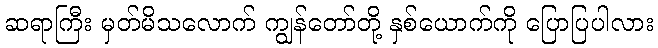
ဆရာကြီး မှတ်မိသလောက် ကျွန်တော်တို့ နှစ်ယောက်ကို ပြောပြပါလား